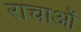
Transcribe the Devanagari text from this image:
राचाओं